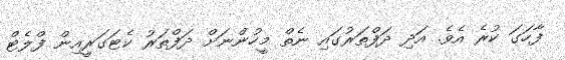
ފާހަގަ ކުރެ އެވެ. އަދި ދަފްތަރުގައި ނެތް މީހުންނަށް ދަފްތަރު ކެޓަގަރީއިން ފްލެޓް